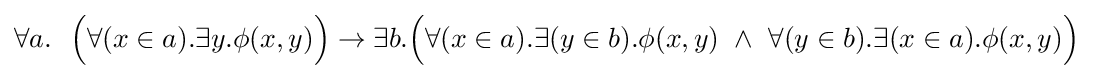
\forall a.\ \ {\Big (}\forall (x\in a).\exists y.\phi (x,y){\Big )}\to \exists b.{\Big (}\forall (x\in a).\exists (y\in b).\phi (x,y)\ \land \ \forall (y\in b).\exists (x\in a).\phi (x,y){\Big )}